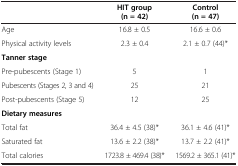
|  | HIT group (n = 42) | Control (n = 47) |
 | --- | --- | --- |
 | Age | 16.8 ± 0.5 | 16.6 ± 0.6 |
 | Physical activity levels | 2.3 ± 0.4 | 2.1 ± 0.7 (44)* |
 | Tanner stage |  |  |
 | Pre-pubescents (Stage 1) | 5 | 1 |
 | Pubescents (Stages 2, 3 and 4) | 25 | 21 |
 | Post-pubescents (Stage 5) | 12 | 25 |
 | Dietary measures |  |  |
 | Total fat | 36.4 ± 4.5 (38)* | 36.1 ± 4.6 (41)* |
 | Saturated fat | 13.6 ± 2.2 (38)* | 13.7 ± 2.2 (41)* |
 | Total calories | 1723.8 ± 469.4 (38)* | 1569.2 ± 365.1 (41)* |